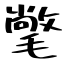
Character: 氅